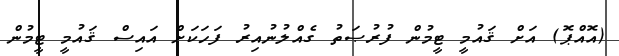
(އޮއްޕޮ) އަށް ޤައުމީ ޓީމުން ފުރުޞަތު ގެއްލުނުއިރު ފަހަކަށް އައިސް ޤައުމީ ޓީމުން